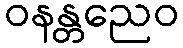
ဝနန္တညေဝ